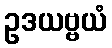
ဥဒယဗ္ဗယံ